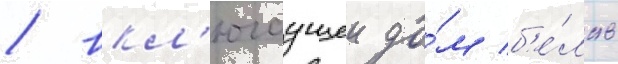
/ вкл'ючаущеи до́м б'е́лль